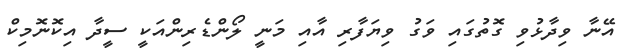
އޭނާ ވިދާޅުވި ގޮތުގައި ވަގު ވިޔަފާރި އާއި މަނީ ލޯންޑެރިންއަކީ ސީދާ އިކޮނޮމިކް